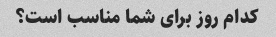
کدام روز برای شما مناسب است؟